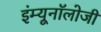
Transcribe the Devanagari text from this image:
इंम्यूनॉलोजी